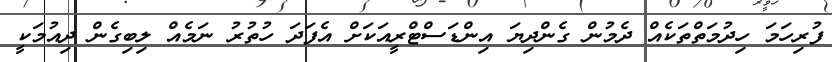
ފުރިހަމަ ހިދުމަތްތަކެއް ދެމުން ގެންދިޔަ އިންޑަސްޓްރީއަކަށް އެފަދަ ހުތުރު ނަމެއް ލިބިގެން ދިއުމަކީ